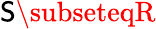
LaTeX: \mathsf{S}\subseteqR